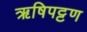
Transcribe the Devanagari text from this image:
ऋषिपट्टण